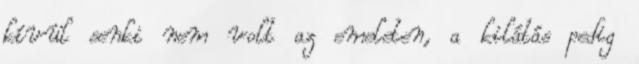
kívül senki nem volt az emeleten, a kilátás pedig